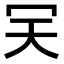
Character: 𠕹